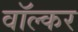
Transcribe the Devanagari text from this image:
वॉल्कर